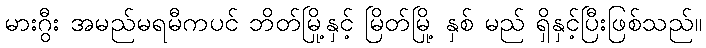
မားဂွီး အမည်မရမီကပင် ဘိတ်မြို့နှင့် မြိတ်မြို့ နှစ် မည် ရှိနှင့်ပြီးဖြစ်သည်။